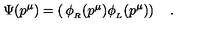
\Psi ( p ^ { \mu } ) = \left( \begin{matrix} { \phi _ { _ R } ( p ^ { \mu } ) } \\ { \phi _ { _ L } ( p ^ { \mu } ) } \\ \end{matrix} \right) \quad .